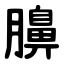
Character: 䑄